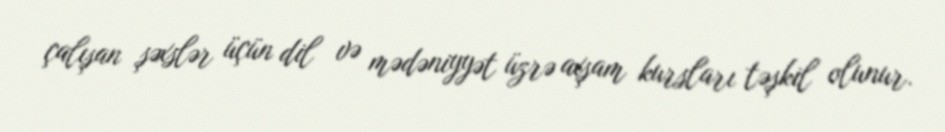
çalışan şəxslər üçün dil və mədəniyyət üzrə axşam kursları təşkil olunur.